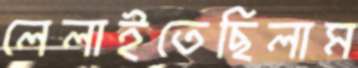
লেলাইতেছিলাম